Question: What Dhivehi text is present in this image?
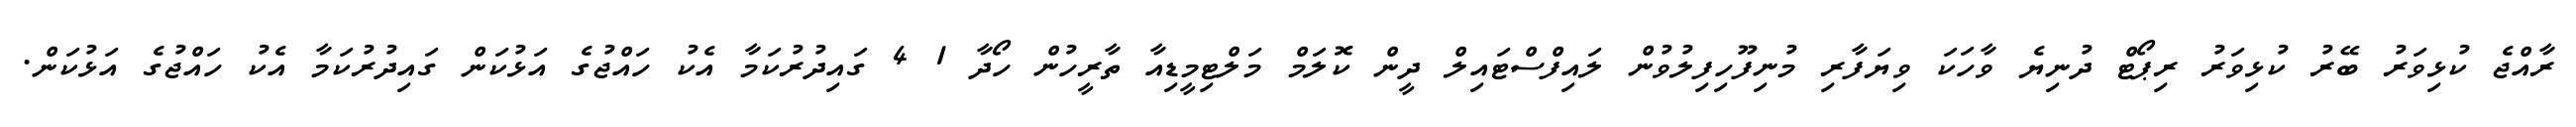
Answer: ރާއްޖެ ކުޅިވަރު ބޭރު ކުޅިވަރު ރިޕޯޓް ދުނިޔެ ވާހަކަ ވިޔަފާރި މުނިފޫހިފިލުވުން ލައިފްސްޓައިލް ދީން ކޮލަމް މަލްޓިމީޑިއާ ތާރީހުން ހޯދާ 1 4 ގައިދުރުކަމާ އެކު ހައްޖުގެ އަޅުކަން ގައިދުރުކަމާ އެކު ހައްޖުގެ އަޅުކަން.